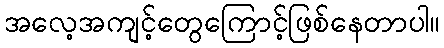
အလေ့အကျင့်တွေကြောင့်ဖြစ်နေတာပါ။